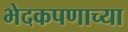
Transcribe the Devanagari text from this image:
भेदकपणाच्या